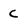
Character: C